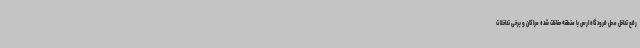
رفع تداخل محل فرودگاه ارس با منطقه حفاظت شده مراکان و برخی تداخلات